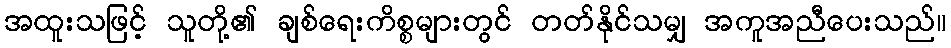
အထူးသဖြင့် သူတို့၏ ချစ်ရေးကိစ္စများတွင် တတ်နိုင်သမျှ အကူအညီပေးသည်။